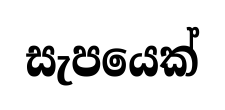
සැපයෙක්